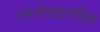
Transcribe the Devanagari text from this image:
एयरोडाइनमिक